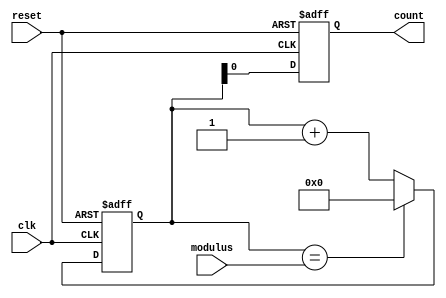
module Modulus_Counter (
    input wire clk,
    input wire reset,
    input wire modulus,
    output reg count
);

reg [31:0] current_count;

always @ (posedge clk or posedge reset) begin
    if (reset) begin
        current_count <= 0;
        count <= 0;
    end else begin
        current_count <= current_count + 1;
        if (current_count == modulus) begin
            current_count <= 0;
        end
        count <= current_count;
    end
end

endmodule